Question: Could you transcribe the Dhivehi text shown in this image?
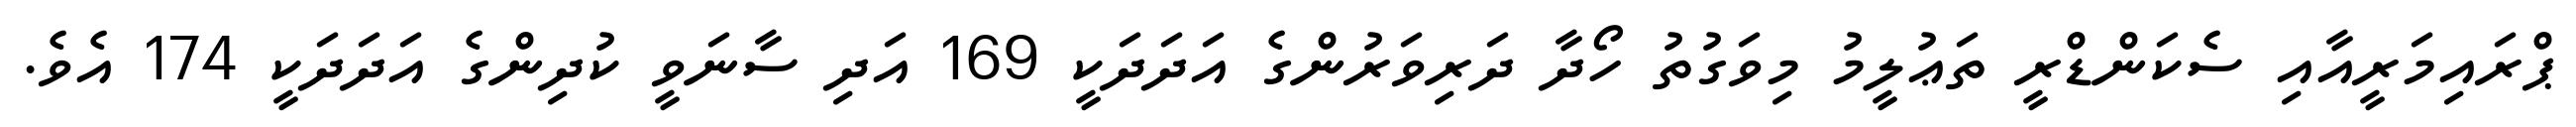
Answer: ޕްރައިމަރީއާއި ސެކަންޑްރީ ތަޢުލީމު މިވަގުތު ހޯދާ ދަރިވަރުންގެ އަދަދަކީ 169 އަދި ސާނަވީ ކުދިންގެ އަދަދަކީ 174 އެވެ.